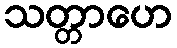
သတ္တာဟေ